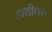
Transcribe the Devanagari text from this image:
हाथीधरा